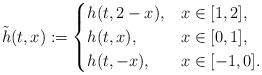
LaTeX: \begin{align*}\tilde h(t,x) := \begin{cases}h(t, 2-x), &x \in [1,2],\\h(t,x), & x \in [0,1],\\h(t,-x), & x \in [-1,0].\end{cases}\end{align*}